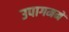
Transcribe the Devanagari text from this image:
उपागममें